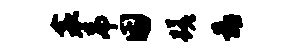
衾吊困蹉靠